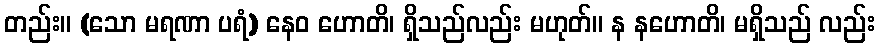
တည်း။ (သော မရဏာ ပရံ) နေဝ ဟောတိ၊ ရှိသည်လည်း မဟုတ်။ န နဟောတိ၊ မရှိသည် လည်း